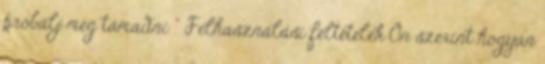
próbálj meg támadni ” Felhasználási feltételek Ön szerint hogyan